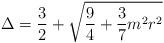
LaTeX: \begin{align*}\Delta = \frac{3}{2} +\sqrt{\frac{9}{4} + \frac{3}{7}m^2 r^2 }\end{align*}